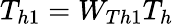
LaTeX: T_{h1}=W_{Th1}T_{h}